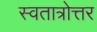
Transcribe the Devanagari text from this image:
स्वतात्रोत्तर